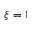
\xi = 1